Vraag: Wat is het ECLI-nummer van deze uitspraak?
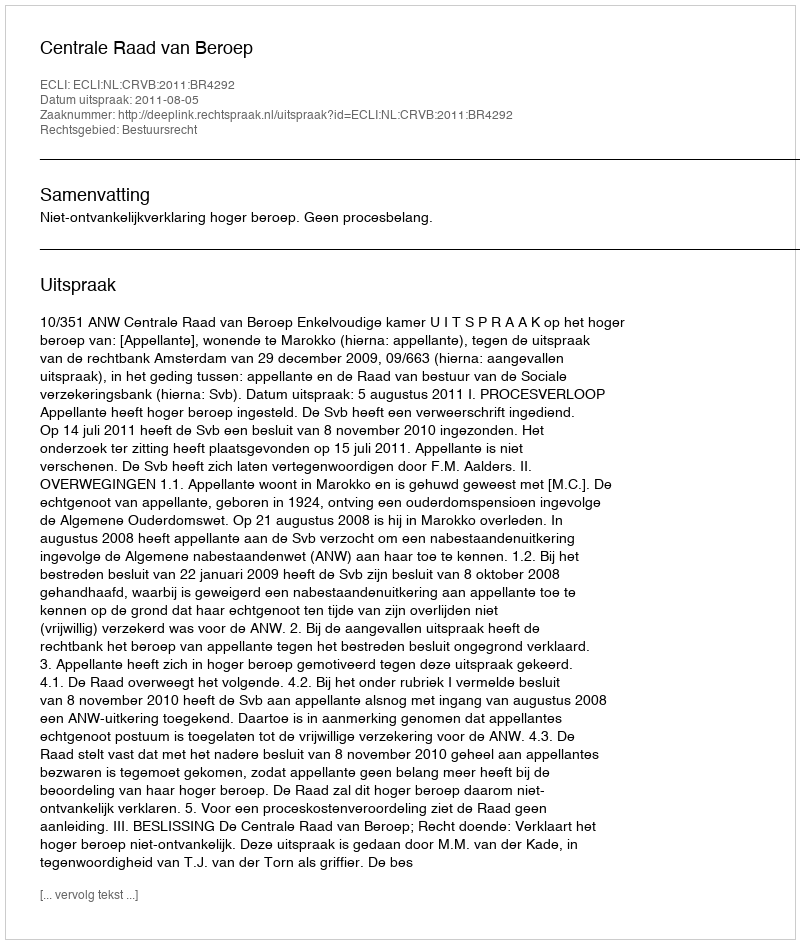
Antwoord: ECLI:NL:CRVB:2011:BR4292